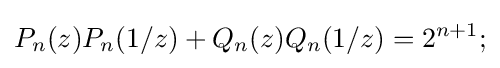
P_{n}(z)P_{n}(1/z)+Q_{n}(z)Q_{n}(1/z)=2^{n+1};